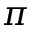
\pi